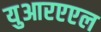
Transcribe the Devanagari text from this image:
युआरएएल